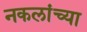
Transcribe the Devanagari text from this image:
नकलांच्या